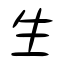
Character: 生